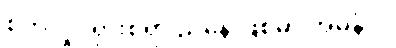
စိတ်လှုပ်ရှားစရာ ညနေ ဖြစ်မှာ အမှန်ပဲ။